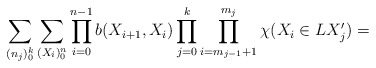
\begin{align*}\sum_{(n_j)^k_0}\sum_{(X_i)^n_0}\prod^{n-1}_{i=0}b(X_{i+1},X_i)\prod^k_{j=0}\prod^{m_j}_{i=m_{j-1}+1}\chi(X_i\in LX'_j)=\end{align*}